Cholera in India, 1862 to 1881
Year: 1862
Disease focus: Cholera
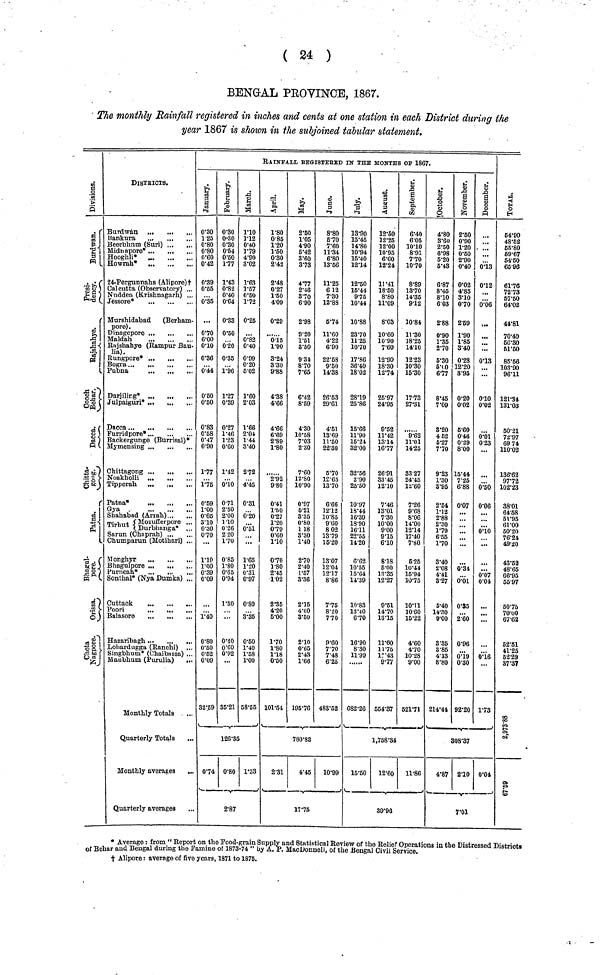
( 24 )
BENGAL PROVINCE, 1867.
The monthly Rainfall registered in inches and cents at one station in each District during the
year 1867 is shown in the subjoined tabular statement.
Divisions.
Burdwan.
Press-
dency
Rajshahye
Cooch
Behar.
Daecs.
Chitts
gong.
Paths.
Bhagul
pore.
Orrissa.
Chota
Nagpore
DlSTRICTS
Burdwan
Bankura
Beerbhnm (Suri)
Midnapore*
Hooghli*
Howrah*
24-Pergunnahs* (Alipore)t
Calcutta (Observatory) ...
Nuddea (Krishnagarh) ...
Jessore*
Murshidabad
(Berham-
pore).
Dinagepore
Maldah
Rajshahye (Rampur Bau-
lia).
Rungpore*
Pubna
...
Darjiling*
Julpaiguri* ...
...
Dacca
"Furridpore*
Backergunge (Burrisal)*
Mymensing ...
Chittagong ...
...
...
Tipperah
...
,
Patna*
Gya
Shahabad (Arrah)
Tirhut
Mozufferpore ...
Tirhut Durbhanga* ...
Sarun (Chaprah)
Chumparun (Motihari) ...
Monghyr
Bhagulpore ...
...
Purneah*
Sonthal* (Nya Dumka) ...
Cuttack
...
...
...
Balasore
Hazaribagh ...
Lohardugga (Ranchi)
Singbhum* (Chaibassa) ..
Maubhum (Purulia)
..
Monthly Totals
Quarterly Totals
Monthly averages
.
Quarterly averages
RAINFALL REGISTEBED IN THE MONTHS OF 1867.
January
0·30
1 25
0·80
0·80
0·60
0·42
0·39
0·55
0·35
...
0·70
6·00
0·10
0·36
0·44
0·50
0·50
0·83
0·58
0·47
0·90
1·77
1·75
0·59
1·00
0·65
3·10
0·30
0·70
...
1·10
1·00
0·39
0·09
1·40
0·80
0·50
0·52
0·09
32·6
0·74
February
0·30
0·80
0·30
0·54
0·50
1·77
1·43
0·82
0·40
0·64
0·33
0·50
0·20
0·35
1·96
1·27
0·89
0·27
1·46
1·23
0·60
1·42
0·10
0·71
2·50
2·00
1·10
0·26
2 20
1·70
0·85
1·80
0·65
0·94
1·50
...
0·40
0·60
0·92
35·21
126·35
0·80
March
1·10
1·12
0·40
1·79
4·90
3·02
1·63
1·57
0·50
1·72
0·26
0·82
0v40
0·99
0·20
5·02
1·60
2·03
1·66
2·04.
1·44
3·40
2·72
4·45
0·31
0·20
0·51
...
1·65
1·20
0·31
0·97
0·80
3·.35
0·50
1·40
1·58
1·00
58·55
1·33
2·87
April
1·80
0·85
1·20
1·60
0·80
2·42
2·48
0·27
1·50
4·09
0·29
...
0·15
1·90
3·24
3·30
9·88
4·38
4·66
6·69
2·89
1·80
·
9·80
0·41
1·50
0·27
1·20
0·79
0·60
1·10
0·70
1·80
2·45
1·02
2·35
4·20
5·00
1·70
1·80
1·18
0·50
101·54
2·31
May
2·50
1·05
4·90
6·42
3·60
373
4·77
2·46
3·70
6·90
2·98
9·20
1·51
8·50
9 34
8·70
7·65
6·42
8·59
4·30
10·58
7·03
2·30
7·60
12·80
10·90
0·97
5·21
3·35
0·80
1 18
3·30
1·40
2·70
2·40
1·57
3·36
2·15
4·60
3·50
2·10
0·65
2·48
1·66
195·76
780·82
4·45
June
8·80
5·70
7·60
11·34
6·80
13·66
11·25
6 12
7·30
12·83
6·74
11·60
4·22
6·90
22·58
9·50
14·38
26·53
29·61
4·51
13·69
11·50
22·30
5·70
12·65
13·70
6·66
12·12
10·85
9·60
8 02
13·79
15·20
13·07
12·04
12·17
8·86
7·75
8·20
7·70
9·60
7·70
7·48
6·25
483·52
10·99
17·75
July
13·90
15·45
14·80
10·94
15·40
12·14
12·50
15·44
9·75
10·44
10·88
23·70
11·25
10·70
17·86
36·40
18·02
28·19
25·86
15·66
11·90
16·24
32·00
32·56
2·90
25·50
10·97
18·44
16·39
18·90
16·11
22·55
14·20
6·62
10·55
15·64
14·39
10·83
13·40
6·70
16·90
8·30
11·99
682·26
15·50
August
12·50
12·25
12·00
10·95
6·60
12·24
11·41
18·50
8·80
11·09
8·03
10·60
10·90
7·60
12·90
18·30
12·74
25·97
24·95
9·52
11·42
13·14
16·77
26·91
33·45
12·10
7·46
13·01
7·30
10·00
9·00
9·15
6·10
8·18
5·00
13·35
12·27
9·51
14·70
13·15
11·60
11·75
11·43
9·77
554·37
1,758·34
12·60
September.
6·40
6·05
10·10
8·91
7·70
1070
8·89
1370
14·35
9·12
10·84
11·30
18·25
14·10
12·23
10·30
15·30
1773
27·31
9·62
11·01
14·25
83·27
24·45
12·60
7·26
9·68
8·06
14·00
12·14
17·40
7·80
6·25
10·44
15·94
10v75
10·11
10·60
15·22
4·60
4·70
10·28
9·00
621·71
11·86
39·96
October.
4·80
3·60
2·50
6·98
5·20
5·43
6·87
8·45
8·10
6·03
2·88
0·90
1·35
2·70
5·30
5·00
6·77
8·45
7·09
3·20
4 52
5·27
7·70
9·23
1·30
3·95
2·54
1·12
2·88
2·30
1·79
6·55
170
3·40
2·08
4·41
3·27
5·40
14·30
9·00
3·35
3·86
4·13
8·80
214·44
4·87
November.
2·50
0·90
1·20
0·60
2·90
0·40
!
0·02
4·85
3·10
0·70
2·59
1·90
1·85
3·40
0·28
12·20
8·95
0·20
0·02
6·60
0·46
0·29
8·00
15·44
7·25
6·88
0·07
...
...
...
0·34
0·01
0·35
2·60
0·96
0·19
0·30
92·20
December.
...
...
...
0·13
0·12
0·06
4··
0·13
...
0·10
0·02
0·01
0·23
...
0·50
0·06
...
...
0·10
...
...
0·07
0·04
0·16
1·73
308·37
2·10
0·04
7·01
Total.
64·90
48·52
55·80
69·67
54·50
65·96
61·
72·73
57·50
64·02
44·81
70·40
56·30
61·60
85·56
103·90
96·11
121·34
131·03
60·21
72·97
69 74
110·02
136·62
97·72
102·23
38·01
64·58
51·95
61·00
60·20
76·24
49·20
43·52
48·65
66·95
55 97
60·76
70·00
67·62
62·51
41·25
62·29
37·37
2,973·88
67·59
• Average : from " Report on the Food-grain Supply and Statistical Review of the Relief Operations in the Distressed Districts
of Behar and Bengal during the Famine of 1873-74 " by A. P. MacDonnell, of the Bengal Civil Service.
† Alipore : average of five years, 1871 to 1876.